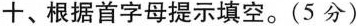
十、根据首字母提示填空.(5 分)